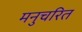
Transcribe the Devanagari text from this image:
मनुचरित